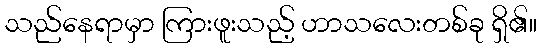
သည်နေရာမှာ ကြားဖူးသည့် ဟာသလေးတစ်ခု ရှိ၏။